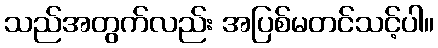
သည်အတွက်လည်း အပြစ်မတင်သင့်ပါ။